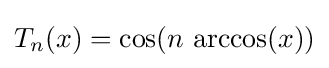
T_{n}(x)=\cos(n\,\arccos(x))